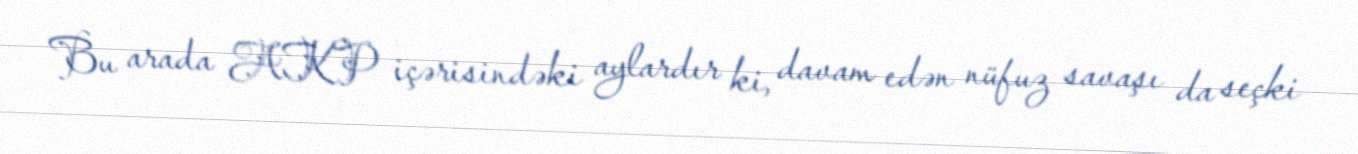
Bu arada AKP içərisindəki aylardır ki, davam edən nüfuz savaşı da seçki